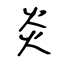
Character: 炎